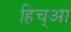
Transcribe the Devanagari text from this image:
हिच्आ